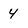
Character: 4